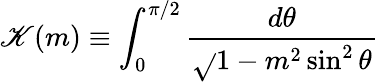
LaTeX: \mathscr{K}(m)\equiv\int_{0}^{\pi/2}\frac{{d\theta}}{{\sqrt{}{{1-m^{2}\sin^{2}{\theta}}}}}\,